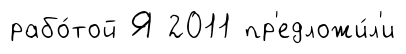
рабо́той Я 2011 пр'едложи́л'и